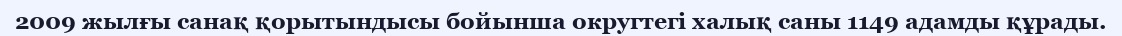
2009 жылғы санақ қорытындысы бойынша округтегі халық саны 1149 адамды құрады.